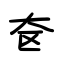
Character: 奁